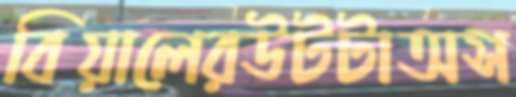
বিয়ালেরউটটাঅস